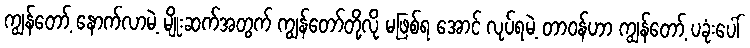
ကျွန်တော့် နောက်လာမဲ့ မျိုးဆက်အတွက် ကျွန်တော်တို့လို မဖြစ်ရ အောင် လုပ်ရမဲ့ တာဝန်ဟာ ကျွန်တော့် ပခုံးပေါ်